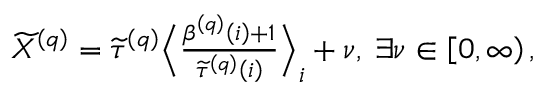
\begin{array} { r } { \widetilde { X } ^ { \left( q \right) } = \widetilde { \tau } ^ { \left( q \right) } \Big \langle \frac { \beta ^ { \left( q \right) } \left( i \right) + 1 } { \widetilde { \tau } ^ { \left( q \right) } \left( i \right) } \Big \rangle _ { i } + \nu , \; \exists \nu \in \left[ 0 , \infty \right) , } \end{array}